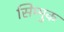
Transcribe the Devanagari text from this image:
सिम्मुक